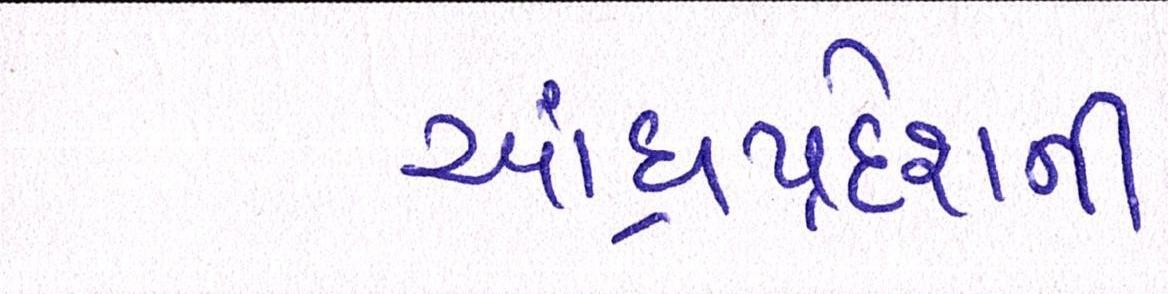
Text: આંધ્રપ્રદેશની